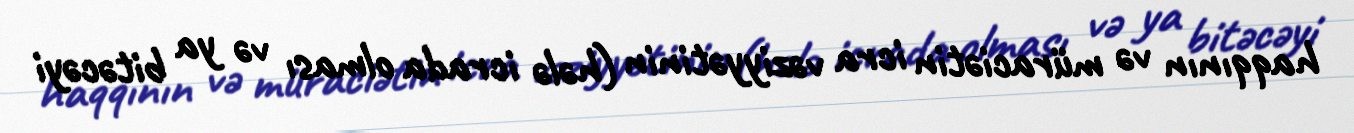
haqqının və müraciətin icra vəziyyətinin (hələ icrada olması və ya bitəcəyi